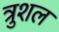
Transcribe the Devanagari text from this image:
त्रुशल